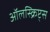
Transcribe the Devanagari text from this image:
ऑलस्क्रिप्ट्स